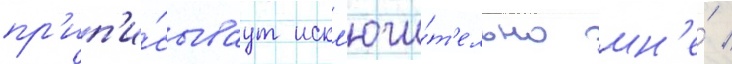
пр'ип'и́сываут искл'ючи́т'ельно мн'е́ /